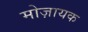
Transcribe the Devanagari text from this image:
मोज़ायक